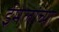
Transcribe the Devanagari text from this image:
ईमेलांच्या